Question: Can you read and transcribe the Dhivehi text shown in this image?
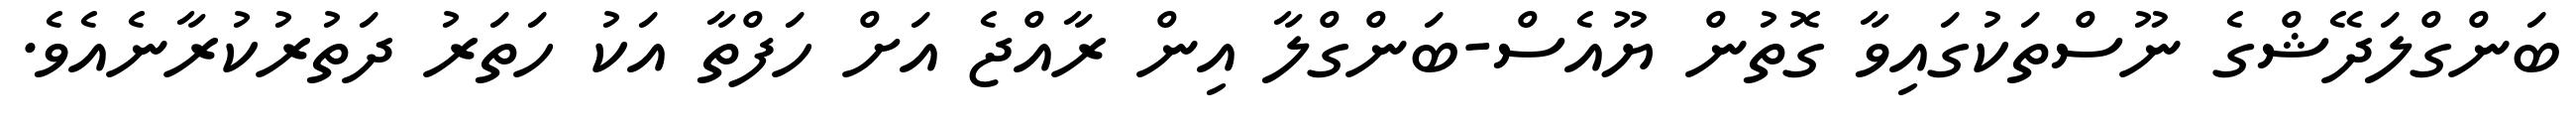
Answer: ބަންގްލަދޭޝްގެ ނޫސްތަކުގައިވާ ގޮތުން ޔޫއެސް-ބަންގްލާ އިން ރާއްޖެ އަށް ހަފްތާ އަކު ހަތަރު ދަތުރުކުރާނެއެވެ.